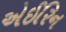
એઈરિન